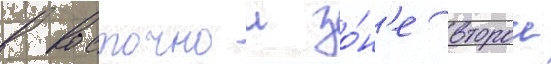
в восточнои зо́н'е второи